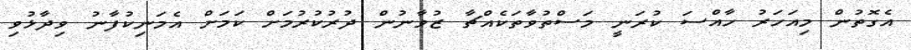
އެގޮތުން މިއަހަރު ހާއްސަ ކުރަނީ މަސްތުވާތަކެއްޗާ ޒުވާނުން ދުރުކުރުމަށް ކަމަށް އެމަނިކުފާނު ވިދާޅުވި